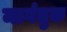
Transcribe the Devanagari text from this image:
मागंतुक